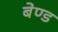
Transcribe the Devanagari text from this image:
बेण्ड